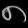
Digit: ၈